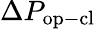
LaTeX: \Delta P_{\mathrm{op-cl}}